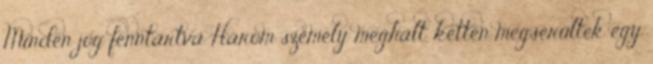
Minden jog fenntartva Három személy meghalt, ketten megsérültek egy